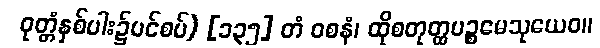
ဝုတ္တံနှစ်ပါး၌ပင်စပ်) [၁၃၅] တံ ဝစနံ၊ ထိုစတုတ္ထပဉ္စမေသုယေဝ။